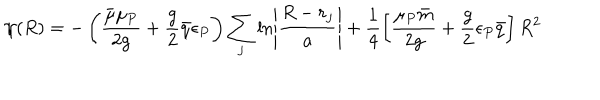
\psi ( R ) = - \left( \frac { \bar { \mu } \mu _ { P } } { 2 g } + \frac { g } { 2 } \bar { q } \epsilon _ { P } \right) \sum _ { j } \ln \left| \frac { R - r _ { j } } { a } \right| + \frac { 1 } { 4 } \left[ \frac { \mu _ { P } \bar { m } } { 2 g } + \frac { g } { 2 } \epsilon _ { P } \bar { q } \right] R ^ { 2 }